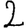
Digit: 2